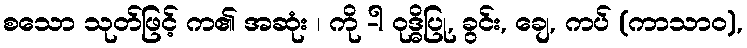
စသော သုတ်ဖြင့် က၏ အဆုံး ၊ ကို -ါ ဝုဒ္ဓိပြု, ခွင်း, ချေ, ကပ် (ကာသာဝ),